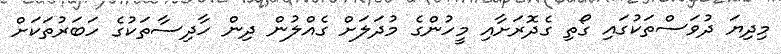
މިދިޔަ ދުވަސްތަކުގައި ގޯތި ގެދޮރަށާއި މީހުންގެ މުދަލަށް ގެއްލުން ދިން ހާދިސާތަކުގެ ހަބަރުތަކަށް